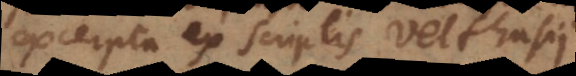
excerpta ex scriptis Velthusii.